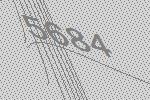
5684